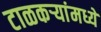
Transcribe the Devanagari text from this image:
टाळकऱ्यांमध्ये